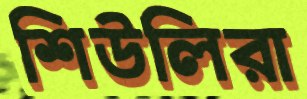
শিউলিরা